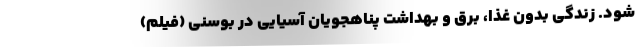
شود. زندگی بدون غذا، برق و بهداشت پناهجویان آسیایی در بوسنی (فیلم)